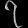
Digit: ၇